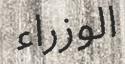
الوزراء